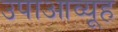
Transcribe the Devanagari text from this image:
उपाआव्यूह